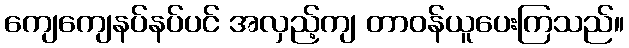
ကျေကျေနပ်နပ်ပင် အလှည့်ကျ တာဝန်ယူပေးကြသည်။